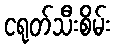
ငရုတ်သီးစိမ်း